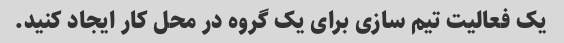
یک فعالیت تیم سازی برای یک گروه در محل کار ایجاد کنید.